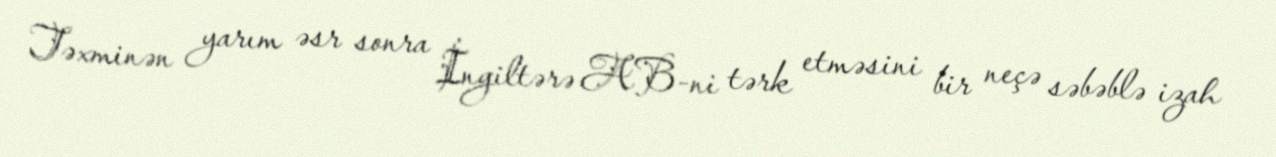
Təxminən yarım əsr sonra İngiltərə AB-ni tərk etməsini bir neçə səbəblə izah